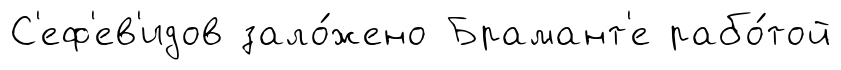
С'еф'ев'идов зало́жено Брамант'е рабо́той